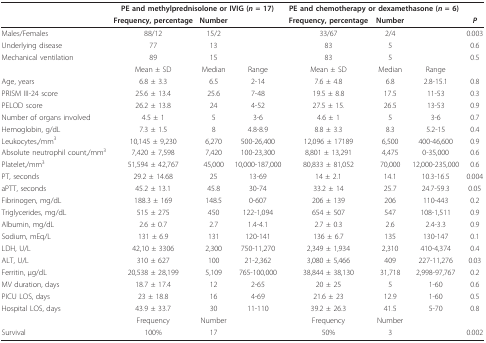
<table><thead><tr><td></td><td colspan="3"><b>PE and methylprednisolone or IVIG (<i>n </i>= 17)</b></td><td colspan="3"><b>PE and chemotherapy or dexamethasone (<i>n </i>= 6)</b></td><td></td></tr><tr><td></td><td><b>Frequency, percentage</b></td><td><b>Number</b></td><td></td><td><b>Frequency, percentage</b></td><td><b>Number</b></td><td></td><td><b><i>P</i></b></td></tr></thead><tbody><tr><td>Males/Females</td><td>88/12</td><td>15/2</td><td></td><td>33/67</td><td>2/4</td><td></td><td>0.003</td></tr><tr><td>Underlying disease</td><td>77</td><td>13</td><td></td><td>83</td><td>5</td><td></td><td>0.6</td></tr><tr><td>Mechanical ventilation</td><td>89</td><td>15</td><td></td><td>83</td><td>5</td><td></td><td>0.5</td></tr><tr><td></td><td>Mean ± SD</td><td>Median</td><td>Range</td><td>Mean ± SD</td><td>Median</td><td>Range</td><td></td></tr><tr><td>Age, years</td><td>6.8 ± 3.3</td><td>6.5</td><td>2-14</td><td>7.6 ± 4.8</td><td>6.8</td><td>2.8-15.1</td><td>0.8</td></tr><tr><td>PRISM III-24 score</td><td>25.6 ± 13.4</td><td>25.6</td><td>7-48</td><td>19.5 ± 8.8</td><td>17.5</td><td>11-53</td><td>0.3</td></tr><tr><td>PELOD score</td><td>26.2 ± 13.8</td><td>24</td><td>4-52</td><td>27.5 ± 15.</td><td>26.5</td><td>13-53</td><td>0.9</td></tr><tr><td>Number of organs involved</td><td>4.5 ± 1</td><td>5</td><td>3-6</td><td>4.6 ± 1</td><td>5</td><td>3-6</td><td>0.7</td></tr><tr><td>Hemoglobin, g/dL</td><td>7.3 ± 1.5</td><td>8</td><td>4.8-8.9</td><td>8.8 ± 3.3</td><td>8.3</td><td>5.2-15</td><td>0.4</td></tr><tr><td>Leukocytes,/mm<sup>3</sup></td><td>10,145 ± 9,230</td><td>6,270</td><td>500-26,400</td><td>12,096 ± 17189</td><td>6,500</td><td>400-46,600</td><td>0.9</td></tr><tr><td>Absolute neutrophil count,/mm<sup>3</sup></td><td>7,420 ± 7,598</td><td>7,420</td><td>100-23,300</td><td>8,801 ± 13,291</td><td>4,475</td><td>0-35,000</td><td>0.6</td></tr><tr><td>Platelet,/mm<sup>3</sup></td><td>51,594 ± 42,767</td><td>45,000</td><td>10,000-187,000</td><td>80,833 ± 81,052</td><td>70,000</td><td>12,000-235,000</td><td>0.6</td></tr><tr><td>PT, seconds</td><td>29.2 ± 14.68</td><td>25</td><td>13-69</td><td>14 ± 2.1</td><td>14.1</td><td>10.3-16.5</td><td>0.004</td></tr><tr><td>aPTT, seconds</td><td>45.2 ± 13.1</td><td>45.8</td><td>30-74</td><td>33.2 ± 14</td><td>25.7</td><td>24.7-59.3</td><td>0.05</td></tr><tr><td>Fibrinogen, mg/dL</td><td>188.3 ± 169</td><td>148.5</td><td>0-607</td><td>206 ± 139</td><td>206</td><td>110-443</td><td>0.2</td></tr><tr><td>Triglycerides, mg/dL</td><td>515 ± 275</td><td>450</td><td>122-1,094</td><td>654 ± 507</td><td>547</td><td>108-1,511</td><td>0.9</td></tr><tr><td>Albumin, mg/dL</td><td>2.6 ± 0.7</td><td>2.7</td><td>1.4-4.1</td><td>2.7 ± 0.3</td><td>2.6</td><td>2.4-3.3</td><td>0.9</td></tr><tr><td>Sodium, mEq/L</td><td>131 ± 6.9</td><td>131</td><td>120-141</td><td>136 ± 6.7</td><td>135</td><td>130-147</td><td>0.1</td></tr><tr><td>LDH, U/L</td><td>42,10 ± 3306</td><td>2,300</td><td>750-11,270</td><td>2,349 ± 1,934</td><td>2,310</td><td>410-4,374</td><td>0.4</td></tr><tr><td>ALT, U/L</td><td>310 ± 627</td><td>100</td><td>21-2,362</td><td>3,080 ± 5,466</td><td>409</td><td>227-11,276</td><td>0.03</td></tr><tr><td>Ferritin, μg/dL</td><td>20,538 ± 28,199</td><td>5,109</td><td>765-100,000</td><td>38,844 ± 38,130</td><td>31,718</td><td>2,998-97,767</td><td>0.2</td></tr><tr><td>MV duration, days</td><td>18.7 ± 17.4</td><td>12</td><td>2-65</td><td>20 ± 25</td><td>5</td><td>1-60</td><td>0.6</td></tr><tr><td>PICU LOS, days</td><td>23 ± 18.8</td><td>16</td><td>4-69</td><td>21.6 ± 23</td><td>12.9</td><td>1-60</td><td>0.5</td></tr><tr><td>Hospital LOS, days</td><td>43.9 ± 33.7</td><td>30</td><td>11-110</td><td>39.2 ± 26.3</td><td>41.5</td><td>5-70</td><td>0.8</td></tr><tr><td></td><td>Frequency</td><td>Number</td><td></td><td>Frequency</td><td>Number</td><td></td><td></td></tr><tr><td>Survival</td><td>100%</td><td>17</td><td></td><td>50%</td><td>3</td><td></td><td>0.002</td></tr></tbody></table>